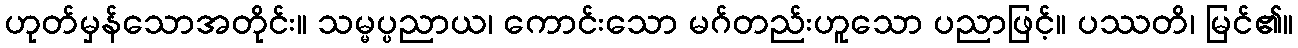
ဟုတ်မှန်သောအတိုင်း။ သမ္မပ္ပညာယ၊ ကောင်းသော မဂ်တည်းဟူသော ပညာဖြင့်။ ပဿတိ၊ မြင်၏။